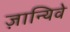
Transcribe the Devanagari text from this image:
ज़ान्यिवे